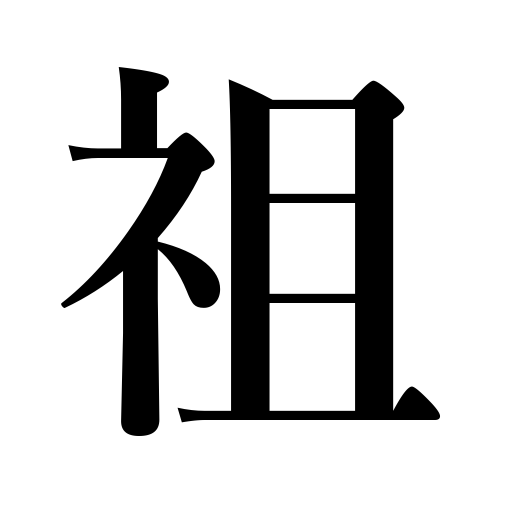
Meanings: founder,ancestor,pioneer,originator